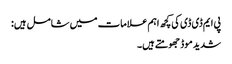
پی ایم ڈی ڈی کی کچھ اہم علامات میں شامل ہیں:
شدید موڈ جھومتے ہیں۔